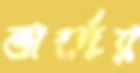
ভার্দের